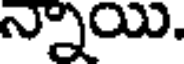
న్నాయి.